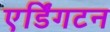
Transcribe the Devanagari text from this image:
एर्डिंगटन